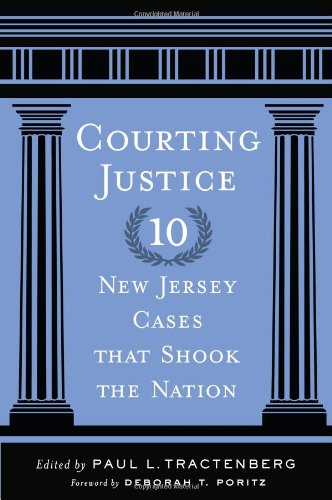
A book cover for Courting Justice: Ten New Jersey Cases That Shook the Nation (Rivergate Regionals Collection); Law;